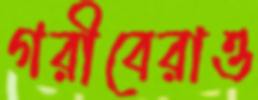
গরীবেরাও